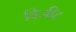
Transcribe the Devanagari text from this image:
विजीट